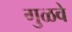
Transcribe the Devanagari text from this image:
गुळवे